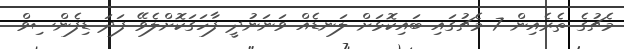
މެޗުގެ ތެރެއިން 7 މެޗުގައި ބައިކޮޅަށް ލަނޑެއް ވަނަނުދީ ފާހަގަކޮށްލެވޭ ފަދަ ޑިފެންސިވް